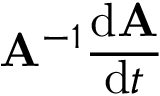
\mathbf { A } ^ { - 1 } { \frac { \mathrm { d } \mathbf { A } } { \mathrm { d } t } }